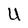
Character: U